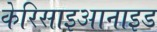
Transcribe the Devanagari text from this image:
केरिसाइआनाइड